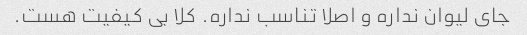
جای لیوان نداره و اصلا تناسب نداره. کلا بی کیفیت هست.